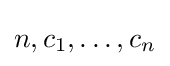
n,c_{1},\ldots ,c_{n}